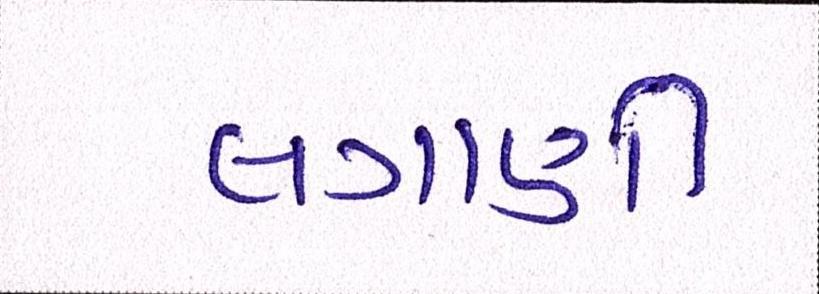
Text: લગાવી